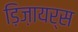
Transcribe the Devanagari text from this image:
ड़िज़ायर्स